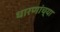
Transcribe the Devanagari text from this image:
धारणांच्या